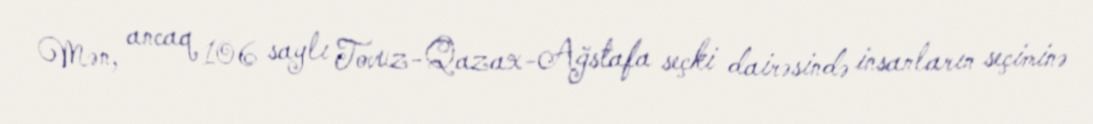
Mən, ancaq 106 saylı Tovuz-Qazax-Ağstafa seçki dairəsində insanların seçiminə